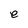
Character: e